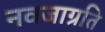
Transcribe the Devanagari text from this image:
नवजाग्रति